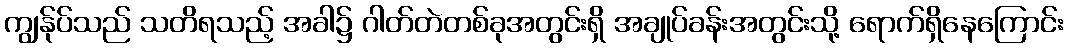
ကျွန်ုပ်သည် သတိရသည့် အခါ၌ ဂါတ်တဲတစ်ခုအတွင်းရှိ အချုပ်ခန်းအတွင်းသို့ ရောက်ရှိနေကြောင်း